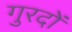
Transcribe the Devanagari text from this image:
गुरदों